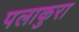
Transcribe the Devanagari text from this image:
पलाकुरा